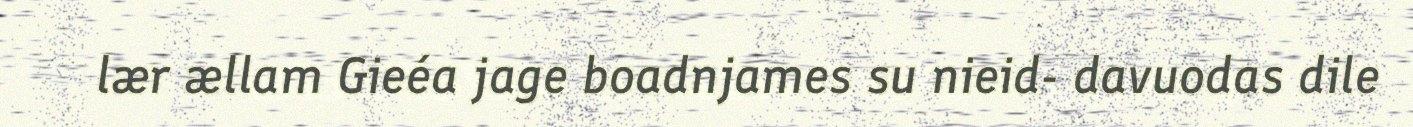
lær ællam Gieéa jage boadnjames su nieid- davuodas dile